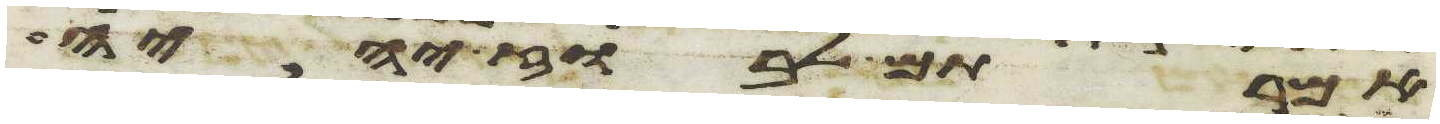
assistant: אמרתם לבוז יהיה